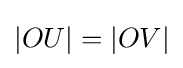
|OU|=|OV|